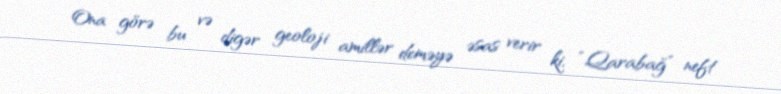
Ona görə bu və digər geoloji amillər deməyə əsas verir ki, “Qarabağ” neft